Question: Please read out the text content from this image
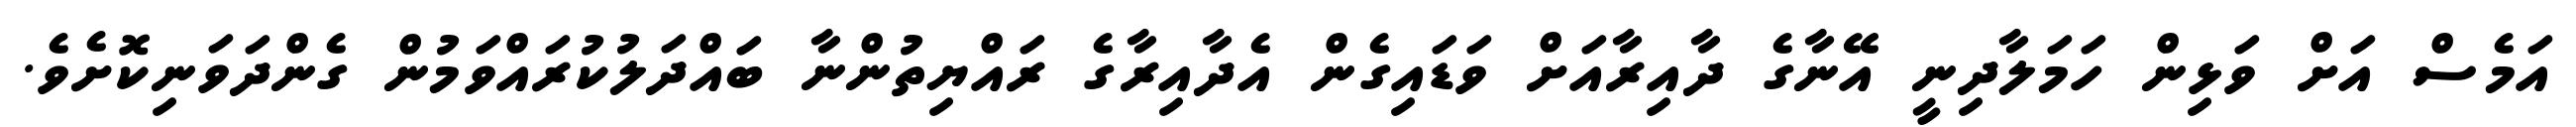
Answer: އަމެސް އަށް ވަޅިން ހަމަލާދިނީ އޭނާގެ ދާއިރާއަށް ވަޑައިގެން އެދާއިރާގެ ރައްޔިތުންނާ ބައްދަލުކުރައްވަމުން ގެންދަވަނިކޮށެވެ.